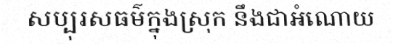
សប្បុរសធម៌ក្នុងស្រុក នឹងជាអំណោយ